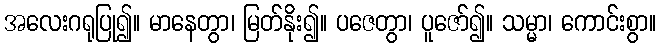
အလေးဂရုပြု၍။ မာနေတွာ၊ မြတ်နိုး၍။ ပဇေတွာ၊ ပူဇော်၍။ သမ္မာ၊ ကောင်းစွာ။